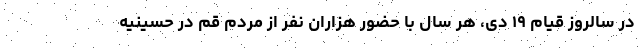
در سالروز قیام ۱۹ دی، هر سال با حضور هزاران نفر از مردم قم در حسینیه